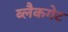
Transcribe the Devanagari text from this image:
ब्लैकगेट